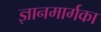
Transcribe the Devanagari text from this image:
ज्ञानमार्गका